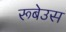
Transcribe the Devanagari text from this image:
रूबेउस